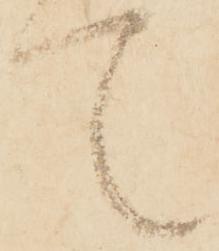
て